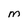
Character: M